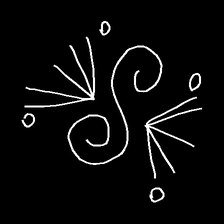
Glyph: aeroform